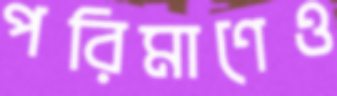
পরিমাণেও